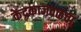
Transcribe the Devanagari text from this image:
केंद्रकाजवळचा